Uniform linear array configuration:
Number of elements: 24
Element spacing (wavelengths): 0.75
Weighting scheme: kaiser
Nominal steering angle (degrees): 60
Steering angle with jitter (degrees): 58.397
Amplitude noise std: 0.05
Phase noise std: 0.05

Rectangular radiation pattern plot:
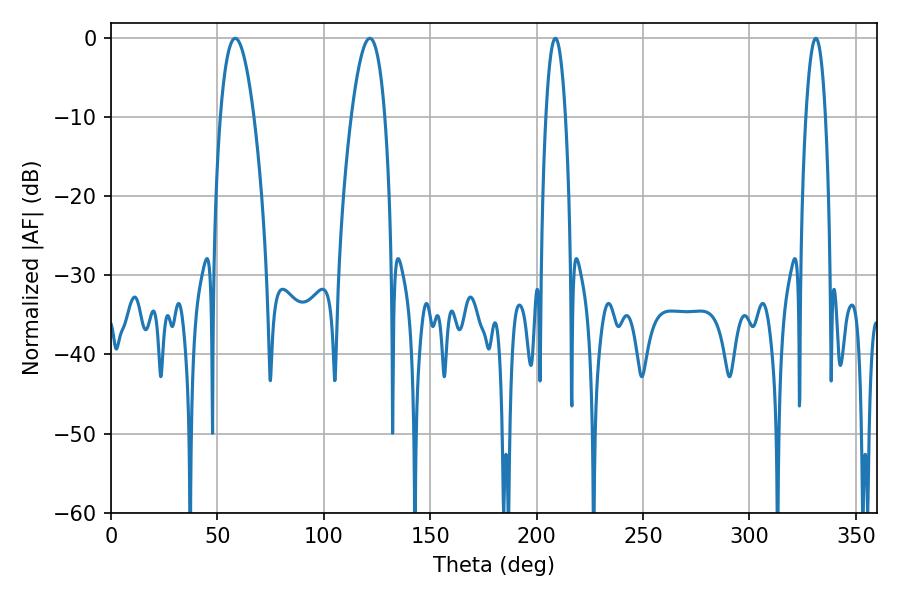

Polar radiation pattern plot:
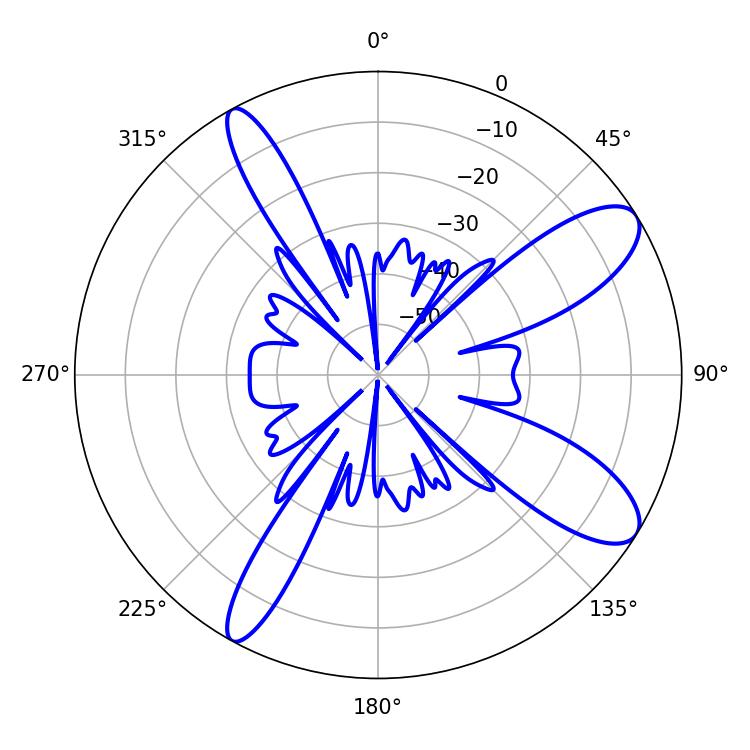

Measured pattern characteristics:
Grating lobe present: TRUE
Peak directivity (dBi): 10.318
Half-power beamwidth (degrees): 5.04
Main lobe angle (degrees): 208.8